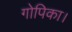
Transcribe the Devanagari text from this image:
गोपिका।